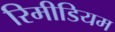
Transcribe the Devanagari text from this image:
रिमीडियम